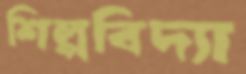
শিল্পবিদ্যা